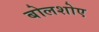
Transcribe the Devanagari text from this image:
बोलशोए